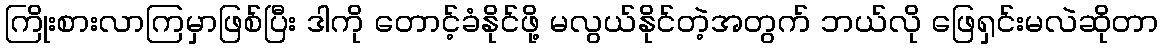
ကြိုးစားလာကြမှာဖြစ်ပြီး ဒါကို တောင့်ခံနိုင်ဖို့ မလွယ်နိုင်တဲ့အတွက် ဘယ်လို ဖြေရှင်းမလဲဆိုတာ